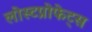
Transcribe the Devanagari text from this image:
लोस्टप्रोफेट्स